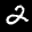
Label: 2